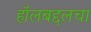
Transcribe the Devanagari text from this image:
हॉलबद्दलचा